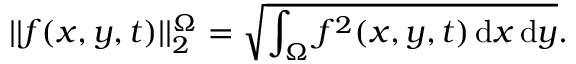
| | f ( x , y , t ) | | _ { 2 } ^ { \Omega } = \sqrt { \int _ { \Omega } f ^ { 2 } ( x , y , t ) \mathop { } \! \mathrm { d } x \mathop { } \! \mathrm { d } y } .